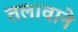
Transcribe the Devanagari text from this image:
तलावाने